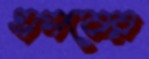
এসবের